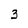
Character: 3